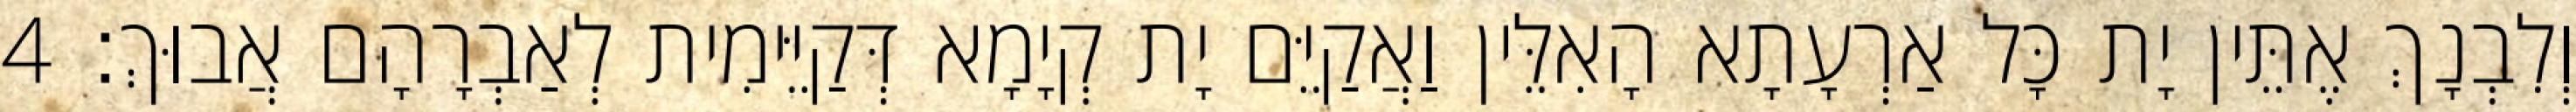
וְלִבְנָךְ אֶתֵּין יָת כָּל אַרְעָתָא הָאִלֵּין וַאֲקַיֵּם יָת קְיָמָא דְּקַיֵּימִית לְאַבְרָהָם אֲבוּךְ׃ 4